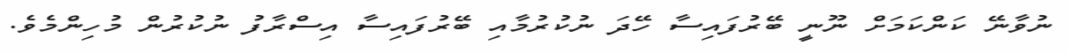
ނުވާނޭ ކަންކަމަށް ނޫނީ ބޭރުފައިސާ ހޭދަ ނުކުރުމާއި ބޭރުފައިސާ އިސްރާފު ނުކުރުން މުހިންމެވެ.